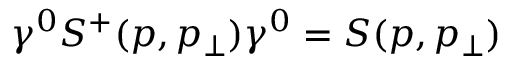
\gamma ^ { 0 } S ^ { + } ( p , p _ { \perp } ) \gamma ^ { 0 } = S ( p , p _ { \perp } )